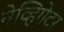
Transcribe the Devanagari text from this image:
नेव्हिगेटर